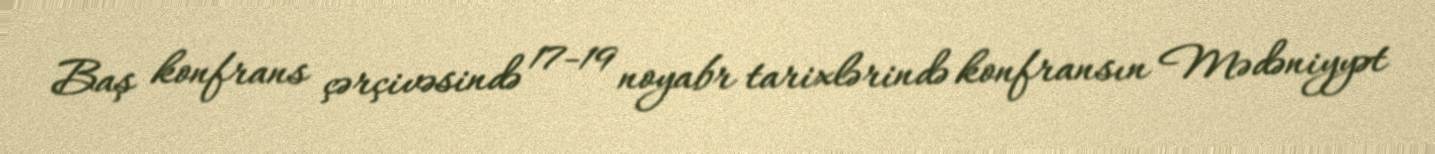
Baş konfrans çərçivəsində 17-19 noyabr tarixlərində konfransın Mədəniyyət